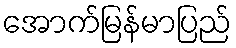
အောက်မြန်မာပြည်